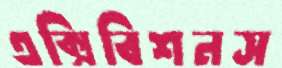
এক্সিবিশনস